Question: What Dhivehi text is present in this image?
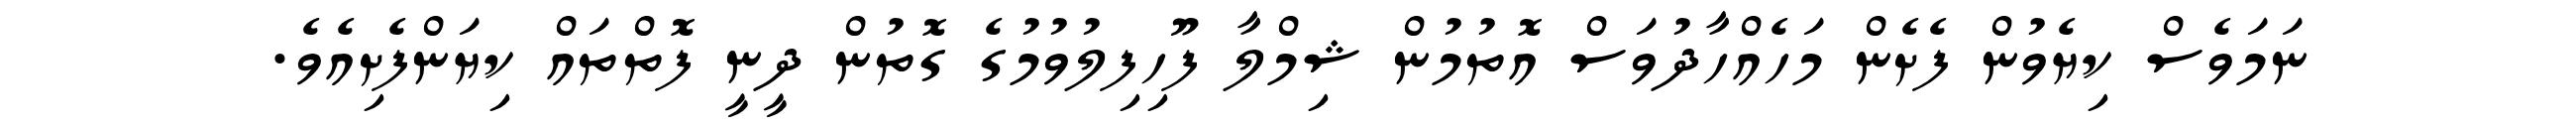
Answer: ނަމަވެސް ކިޔެވުން ފެށެން މަހެއްހާދުވަސް އޮތުމުން ޝިމްލާ ފޫހިފިލުވުމުގެ ގޮތުން ދީނީ ފޮތްތައް ކިޔަންފެށިއެވެ.